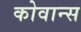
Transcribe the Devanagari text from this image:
कोवान्स